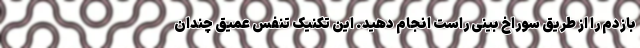
بازدم را از طریق سوراخ بینی راست انجام دهید. این تکنیک تنفس عمیق چندان